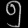
Digit: ၅